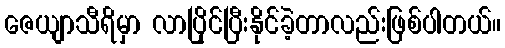
ဇေယျာသီရိမှာ လာပြိုင်ပြီးနိုင်ခဲ့တာလည်းဖြစ်ပါတယ်။